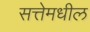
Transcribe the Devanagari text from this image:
सत्तेमधील